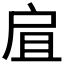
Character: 𢨷